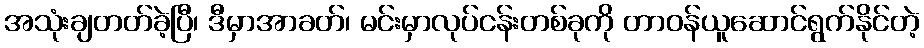
အသုံးချတတ်ခဲ့ပြီ၊ ဒီမှာအာခတ်၊ မင်းမှာလုပ်ငန်းတစ်ခုကို တာဝန်ယူဆောင်ရွက်နိုင်တဲ့